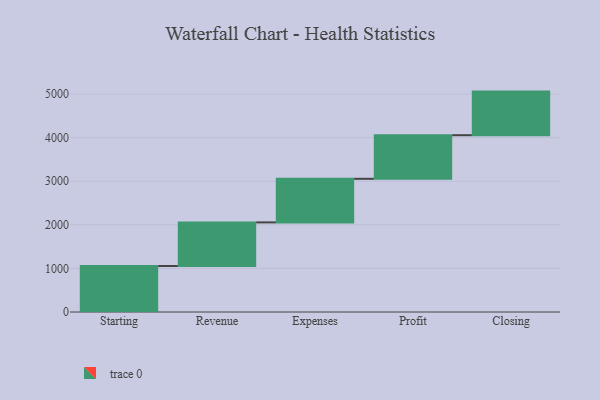
{"axis": {"x": "Step", "y": "Value"}, "legend": [""], "data": [{"x": "Starting", "y": 1055.0, "type": ""}, {"x": "Revenue", "y": 1000, "type": ""}, {"x": "Expenses", "y": 1000, "type": ""}, {"x": "Profit", "y": 1000, "type": ""}, {"x": "Closing", "y": 1000, "type": ""}]}